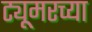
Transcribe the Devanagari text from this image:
ट्यूमरच्या